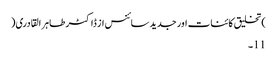
)تخلیق کائنات اور جدید سائنس از ڈاکٹر طاہر القادری(
11۔